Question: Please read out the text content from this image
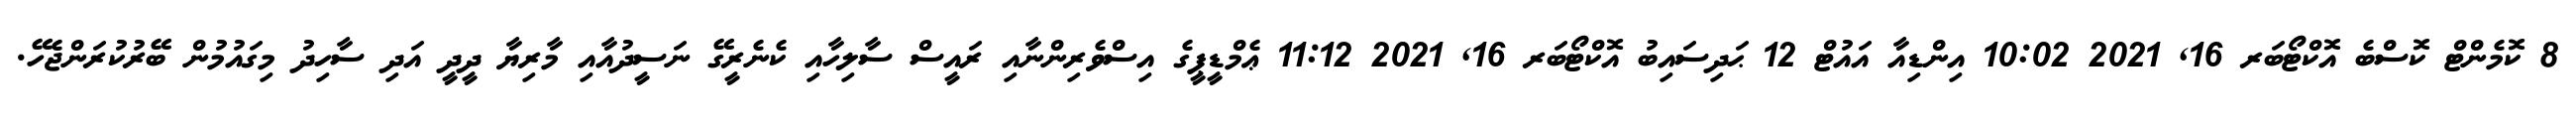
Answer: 8 ކޮމެންޓް ކޮސްބެ އޮކްޓޯބަރ 16, 2021 10:02 އިންޑިއާ އައުޓް 12 ޙަދިސައިބު އޮކްޓޯބަރ 16, 2021 11:12 ޢެމްޑީޕީގެ އިސްވެރިންނާއި ރައީސް ސާލިހާއި ކެނެރީގޭ ނަސީދުއާއި މާރިޔާ ދީދީ އަދި ސާހިދު މިގައުމުން ބޭރުކުރަންޖެހޭ.